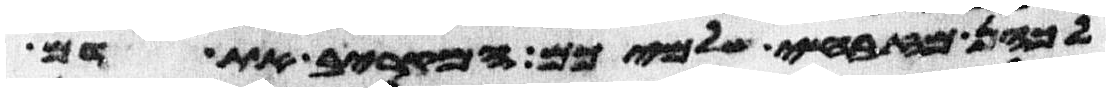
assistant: לכהן מזבחי שלמיכם המקריב את דם